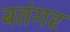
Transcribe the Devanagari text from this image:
बतंगर